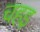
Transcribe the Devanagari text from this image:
चहइ